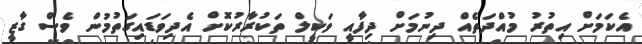
އެކަމަށް އިތުރު މުއްދަތެއް ދިނުމަށް ދިފާއީ ވަކީލް ތަކުރާރުކޮށް އެދިވަޑައިގަތުމުން ވެސް ގާޒީ